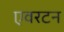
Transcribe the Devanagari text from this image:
एवरटन